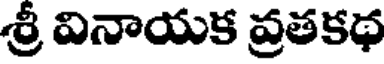
శ్రీ వినాయక వ్రతకథ